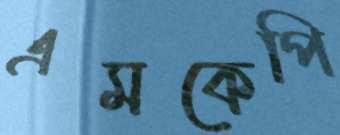
এমকেপি